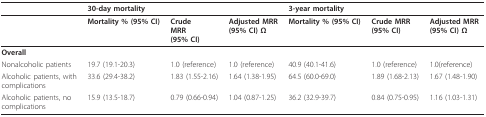
<table><thead><tr><td></td><td colspan="3"><b>30-day mortality</b></td><td colspan="3"><b>3-year mortality</b></td></tr></thead><tbody><tr><td></td><td><b>Mortality % (95% CI)</b></td><td><b>Crude</b><b>MRR</b><b>(95% CI)</b></td><td><b>Adjusted MRR</b><b>(95% CI) Ω</b></td><td><b>Mortality % (95% CI)</b></td><td><b>Crude MRR</b><b>(95% CI)</b></td><td><b>Adjusted MRR</b><b>(95% CI) Ω</b></td></tr><tr><td><b>Overall</b></td><td></td><td></td><td></td><td></td><td></td><td></td></tr><tr><td>Nonalcoholic patients</td><td>19.7 (19.1-20.3)</td><td>1.0 (reference)</td><td>1.0 (reference)</td><td>40.9 (40.1-41.6)</td><td>1.0 (reference)</td><td>1.0(reference)</td></tr><tr><td>Alcoholic patients, withcomplications</td><td>33.6 (29.4-38.2)</td><td>1.83 (1.55-2.16)</td><td>1.64 (1.38-1.95)</td><td>64.5 (60.0-69.0)</td><td>1.89 (1.68-2.13)</td><td>1.67 (1.48-1.90)</td></tr><tr><td>Alcoholic patients, nocomplications</td><td>15.9 (13.5-18.7)</td><td>0.79 (0.66-0.94)</td><td>1.04 (0.87-1.25)</td><td>36.2 (32.9-39.7)</td><td>0.84 (0.75-0.95)</td><td>1.16 (1.03-1.31)</td></tr></tbody></table>